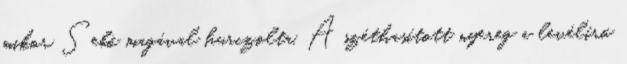
mikor Sebő magával hurczolta. A széthasított nyereg a levélíró